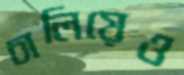
চালিয়েও